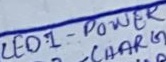
Text: LED1 - POWER